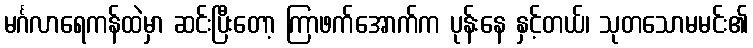
မင်္ဂလာရေကန်ထဲမှာ ဆင်းပြီးတော့ ကြာဖက်အောက်က ပုန်းနေ နှင့်တယ်၊ သုတသောမမင်း၏